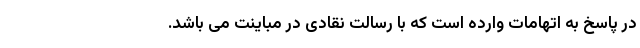
در پاسخ به اتهامات وارده است که با رسالت نقادی در مباینت می باشد.